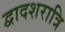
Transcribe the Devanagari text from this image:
द्वादशरात्रि